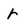
Character: r